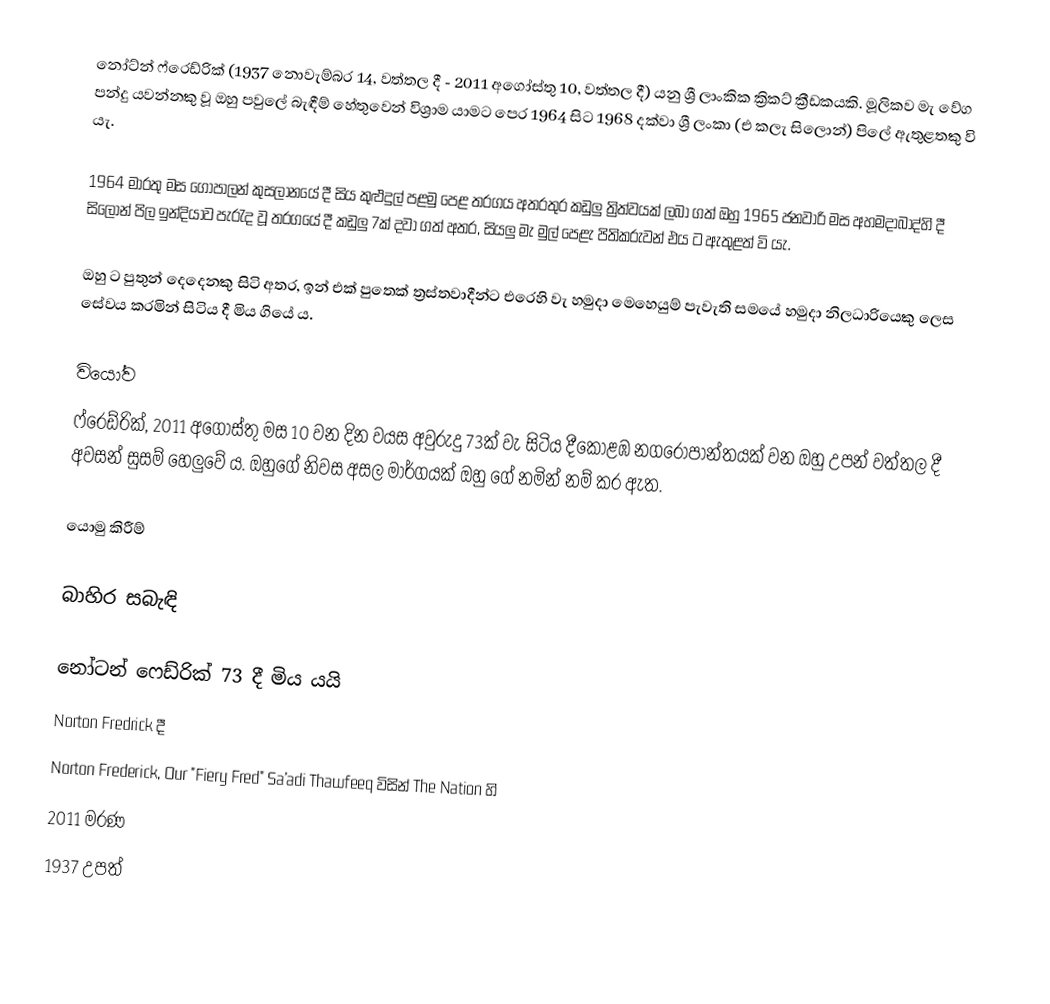
නෝට්න් ෆ්රෙඩ්රික් (1937 නොවැම්බර 14, වත්තල දී - 2011 අගෝස්තු 10, වත්තල දී) යනු ශ්‍රී ලාංකික ක්‍රිකට් ක්‍රීඩකයකි. මූලිකව මැ වේග පන්දු යවන්නකු වූ ඔහු පවුලේ බැඳීම් හේතුවෙන් විශ්‍රාම යාමට පෙර 1964 සිට 1968 දක්වා ශ්‍රී ලංකා (එ කලැ සිලොන්) පිලේ ඇතුළතකු වි යැ.

1964 මාරතු මස ගෝපාලන් කුසලානයේ දී සිය කුළුදුල් පළමු පෙළ තරගය අතරතුර කඩුලු ත්‍රිත්වයක් ලබා ගත් ඔහු 1965 ජනවාරි මස අහමදාබාද්හි දී සිලෝන් පිල ඉන්දියාව පැරැද වූ තරගයේ දී කඩුලු 7ක් දවා ගත් අතර, සියලු මැ මුල් පෙළැ පිතිකරුවන් එය ට ඇතුළත් වි යැ.

ඔහු ට පුතුන් දෙදෙනකු සිටි අතර, ඉන් එක් පුතෙක් ත්‍රස්තවාදීන්ට එරෙහි වැ හමුදා මෙහෙයුම් පැවැති සමයේ හමුදා නිලධාරියෙකු ලෙස සේවය කරමින් සිටිය දී මිය ගියේ ය.

වියෝව
ෆ්රෙඩ්රික්, 2011 අගෝස්තු මස 10 වන දින වයස අවුරුදු 73ක් වැ සිටිය දීකොළඹ නගරෝපාන්තයක් වන ඔහු උපන් වත්තල දී අවසන් සුසම් හෙලුවේ ය. ඔහුගේ නිවස අසල මාර්ගයක් ඔහු ගේ නමින් නම් කර ඇත.

යොමු කිරීම්

බාහිර සබැඳි

 නෝටන් ෆෙඩ්රික් 73 දී මිය යයි
 Norton Fredrick දී
 Norton Frederick, Our "Fiery Fred" Sa'adi Thawfeeq විසින් The Nation හි
2011 මරණ
1937 උපත්